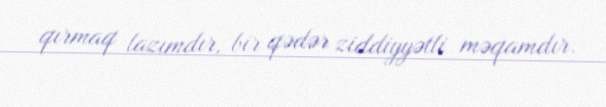
qırmaq lazımdır, bir qədər ziddiyyətli məqamdır.